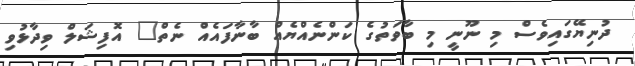
ދުނިޔޭގައިވެސް މި ނޫނީ މި ބާވަތުގެ ކަންނެއްޔެއް ބާނާފައެއް ނެތް" އޮފިޝަލް ވިދާޅުވި